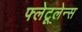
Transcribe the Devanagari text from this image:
फ्लेटूलेन्स